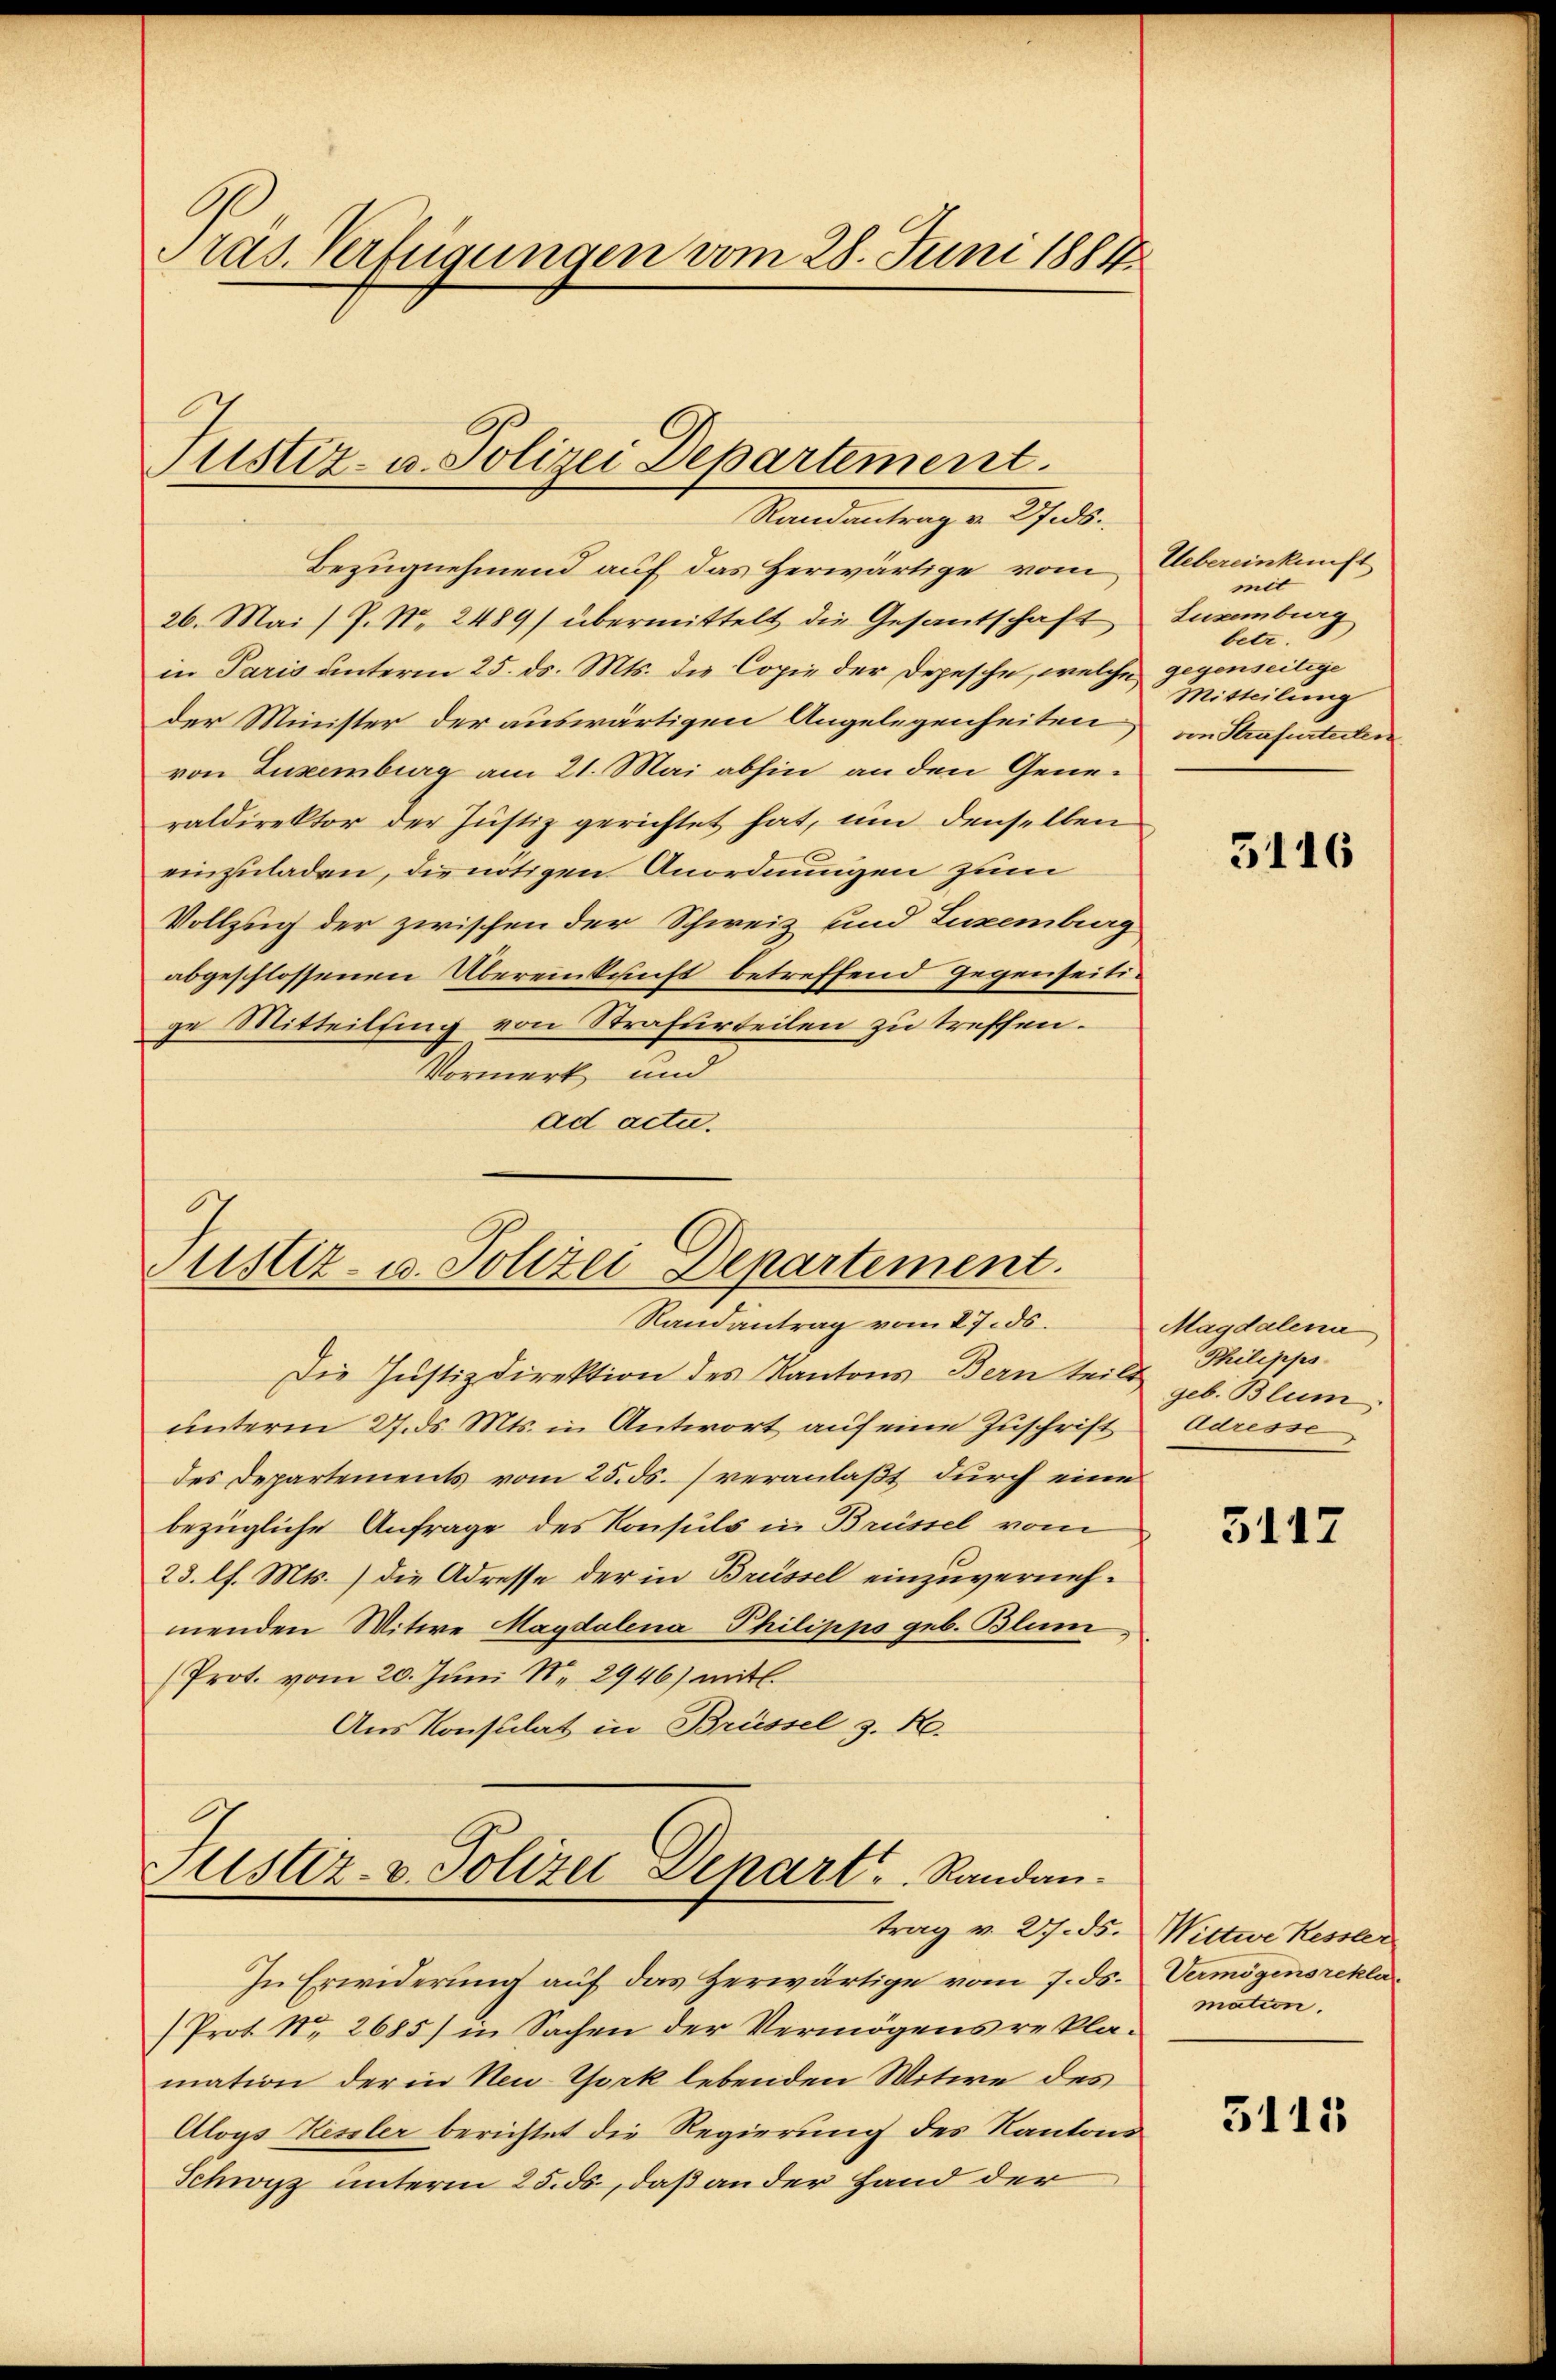
Pras. Verfügungen vom 28. Juni 1884

Bezugnehmend auf das Herwärtige vom
26. Mai) P. Nr. 2489/ übermittelt die Gesantschaft Luzemberg
in Paris unterm 25. ds. Mts. die Copie der Depesche, welche
der Minister der auswärtigen Angelegenheiten von Strafurteilen
von Luxenburg am 21. Mai abhin an den Generaldirektor der Justiz gerichtet hat, um denselben
einzuladen, die nötigen Anordnungen zum
Vollzug der zwischen der Schweiz und Luxenburg
abgeschlossenen Übereinkunft betreffend gegenseitige Mitteilsing von Strafurteilen zu treffen.
Vormerk und
ad acti.

Die Justizdirektion des Kantons Bern teilt, Philippounterm 27. ds. Mts. in Antwort auf eine Zuschrift Adresse
des Departements vom 25. ds. veranlaßt durch eine
bezügliche Anfrage des Konsuls in Brüssel vom
23. l. Mts. die Adresse der in Brüssel einzuvernehmenden Witwe Magdalena Philipps geb. Blum
Prot. vom 20. Juni N. 2946) mit.
Aus Konsulat in Brüssel z. R.

In Erwiderung auf das Zerwärtige vom 7. ds. Vermögensrekla
Prot. Nr. 2685) in Sachen der Vermögens reklamation der in New-York lebenden Witwe des
Aloys Kessler berichtet die Regierung des Kantons
Schwyz unterm 25. ds, daß an der Hand der

Justiz- u. Polizei Departement.
Mandantungen Stadt.

.
Justiz- u. Polizei Departement.
Randantrag vom 27. ds.

Justiz- u. Polizei-Denart     Randan¬

Uebereinkunft
mit
betr.
gegenseitige
Mitteilung

3116

Magdalena
geb. Blum

3147

trag v. 27. ds. Wittwe Kessler
mation.

5115